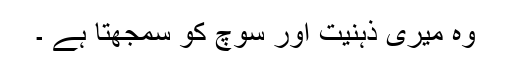
وہ میری ذہنیت اور سوچ کو سمجھتا ہے ۔